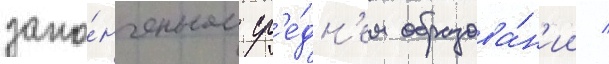
зако́нченном ср'е́дн'ем образова́н'ии /